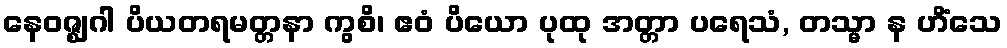
နေဝဇ္ဈဂါ ပိယတရမတ္တနာ ကွစိ၊ ဧဝံ ပိယော ပုထု အတ္တာ ပရေသံ, တသ္မာ န ဟိံသေ